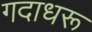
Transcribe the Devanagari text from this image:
गदाधरू